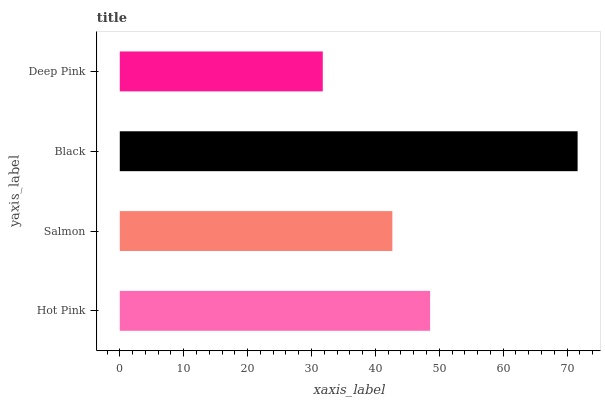
| yaxis_label | bars |
 | --- | --- |
 | Hot Pink | 48.6 |
 | Salmon | 42.7 |
 | Black | 71.7 |
 | Deep Pink | 31.8 |